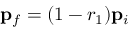
{ \bf p } _ { f } = ( 1 - r _ { 1 } ) { \bf p } _ { i }